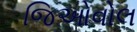
જિઓવોલ